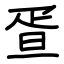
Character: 疍